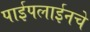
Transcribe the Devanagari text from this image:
पाईपलाईनचे